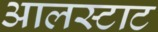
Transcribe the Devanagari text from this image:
आलस्टाट